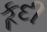
કૂદી